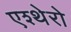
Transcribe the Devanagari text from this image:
एश्थेरो